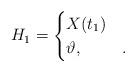
LaTeX: \begin{align*}H_1 = \begin{cases} X(t_1) &\\\vartheta, &.\end{cases} \end{align*}